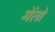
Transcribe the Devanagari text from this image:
मेंतो